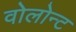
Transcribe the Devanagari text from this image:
वोलोन्ट